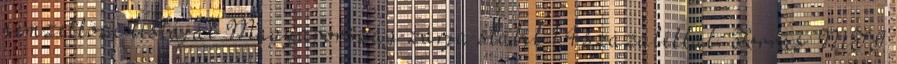
nemzetközi listáját Magyarország zárja stabil 1,4 százalékkal. Forrás: MTI